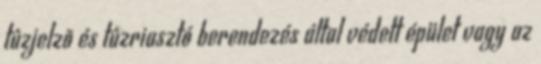
tûzjelzõ és tûzriasztó berendezés által védett épület vagy az